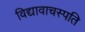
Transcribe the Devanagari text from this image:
विद्यावाचस्‍पति